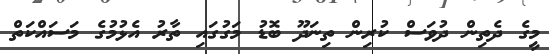
މީގެ ދެތިން ދުވަސް ކުރިން ތިނަދޫ ބޮޑު މަގުގައި ތާރު އެޅުމުގެ މަސައްކަތް